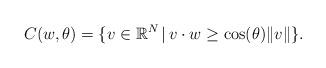
LaTeX: \begin{align*}C(w,\theta)=\{v\in\mathbb{R}^{N}\,|\, v\cdot w\ge\cos(\theta)\|v\|\}.\end{align*}